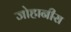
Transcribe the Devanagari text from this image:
जोहानीस